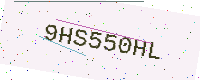
Text: 9HS550HL